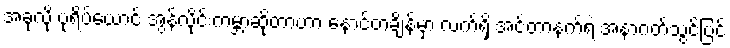
အခုလို ပုံရိပ်ယောင် အွန်လိုင်းကမ္ဘာဆိုတာဟာ နောင်တချိန်မှာ လက်ရှိ အင်တာနက်ရဲ့ အနာဂတ်သွင်ပြင်